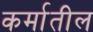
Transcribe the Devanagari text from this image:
कर्मातील